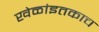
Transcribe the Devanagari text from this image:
खेळांइतकाच